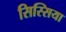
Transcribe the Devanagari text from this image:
सिस्सिया